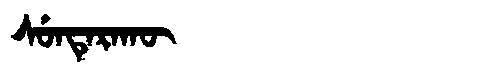
Manchu: ᠰᡠᠨᡨᡝᡵᠠᡴᡡ
Romanization: SUNTERAKŪ